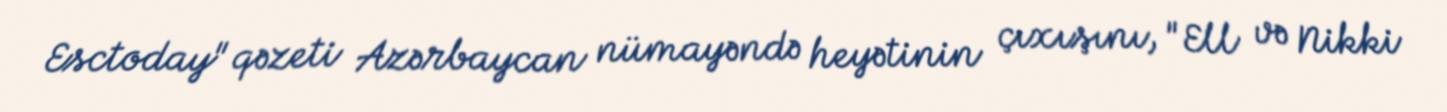
Esctoday" qəzeti Azərbaycan nümayəndə heyətinin çıxışını, "Ell və Nikki